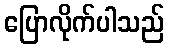
ပြောလိုက်ပါသည်